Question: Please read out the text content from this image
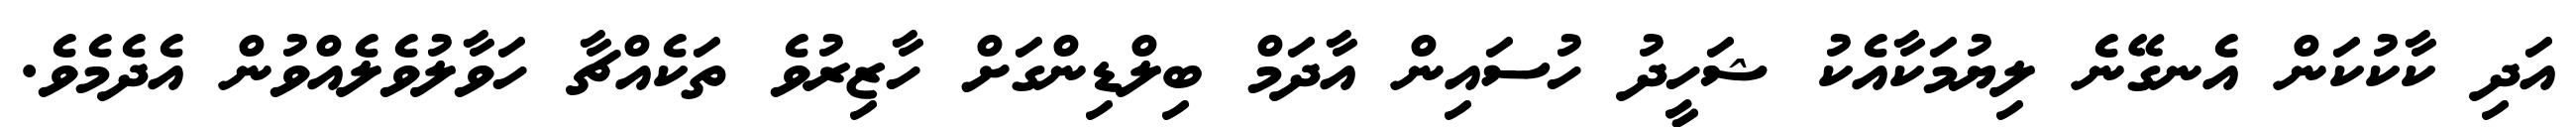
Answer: އަދި ކާކުކަން އެނގޭނެ ލިޔުމަކާއެކު ޝަހީދު ހުސައިން އާދަމް ބިލްޑިންގަށް ހާޒިރުވެ ތަކެއްޗާ ހަވާލުވެލެއްވުން އެދެމެވެ.